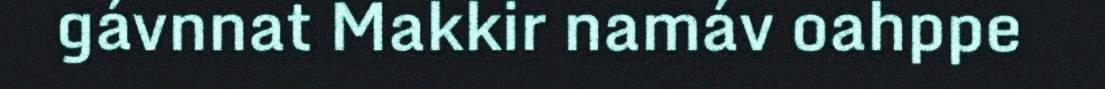
gávnnat Makkir namáv oahppe